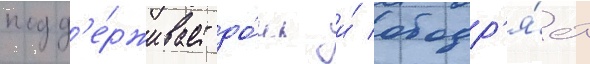
подд'е́рживает до́чь и́ ободр'я́ет